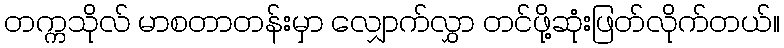
တက္ကသိုလ် မာစတာတန်းမှာ လျှောက်လွှာ တင်ဖို့ဆုံးဖြတ်လိုက်တယ်။